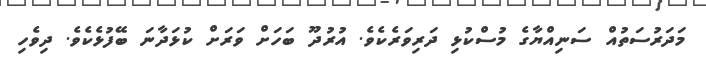
މަދަރުސަތުއް ސަނިއްޔާގެ މުސްކުޅި ދަރިވަރެކެވެ. އުރުދޫ ބަހަށް ވަރަށް ކުޅަދާނަ ބޭފުޅެކެވެ. ދިވެހި